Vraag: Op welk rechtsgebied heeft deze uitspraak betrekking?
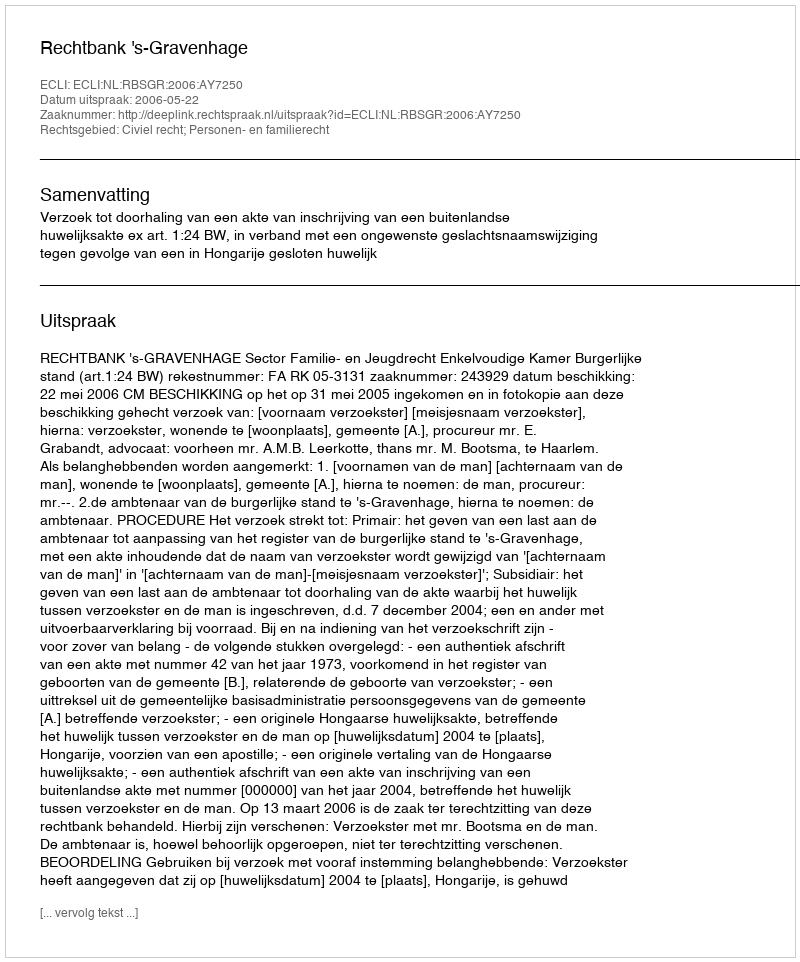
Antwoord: Civiel recht; Personen- en familierecht